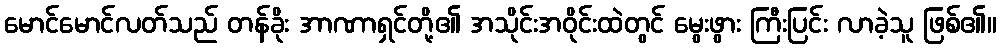
မောင်မောင်လတ်သည် တန်ခိုး အာဏာရှင်တို့၏ အသိုင်းအဝိုင်းထဲတွင် မွေးဖွား ကြီးပြင်း လာခဲ့သူ ဖြစ်၏။